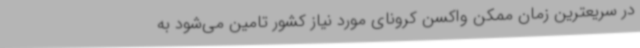
در سریعترین زمان ممکن واکسن کرونای مورد نیاز کشور تامین می‌شود به